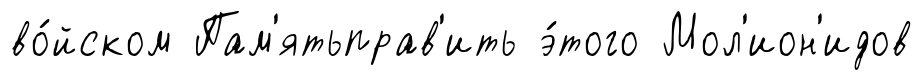
во́йском Пам'ятьправ'ить э́того Мол'ион'идов